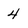
Character: 4